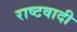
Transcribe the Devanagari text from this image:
राष्टवादी